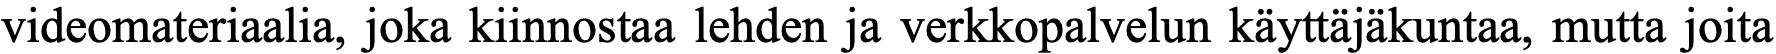
videomateriaalia, joka kiinnostaa lehden ja verkkopalvelun käyttäjäkuntaa, mutta joita